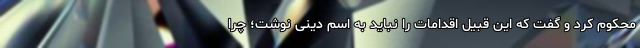
محکوم کرد و گفت که این قبیل اقدامات را نباید به اسم دینی نوشت؛ چرا